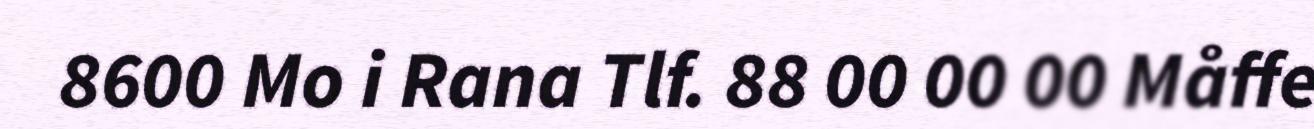
8600 Mo i Rana Tlf. 88 00 00 00 Måffe